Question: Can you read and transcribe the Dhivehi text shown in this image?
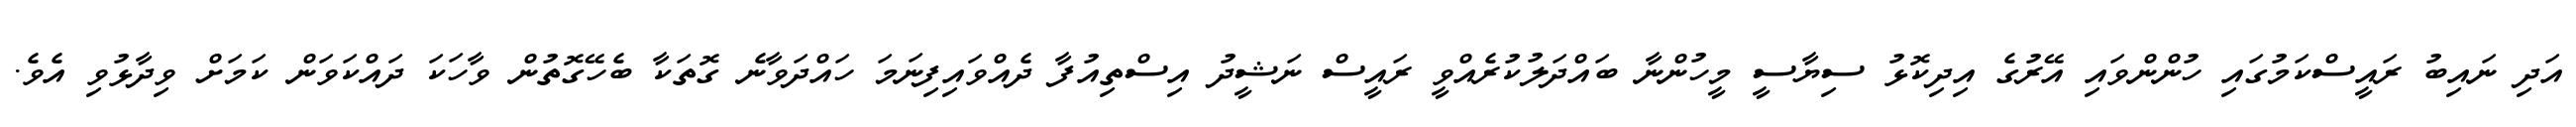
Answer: އަދި ނައިބު ރައީސްކަމުގައި ހުންންވައި އޭރުގެ އިދިކޮޅު ސިޔާސީ މީހުންނާ ބައްދަލުކުރެއްވީ ރައީސް ނަޝީދު އިސްތިއުފާ ދެއްވައިފިނަމަ ހައްދަވާނެ ގޮތަކާ ބެހޭގޮތުން ވާހަކަ ދައްކަވަން ކަމަށް ވިދާޅުވި އެވެ.